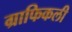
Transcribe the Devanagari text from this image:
ग्राफिकली